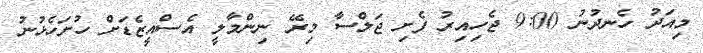
މިއަދު ހެނދުނު 9:00 ޖެހިއިރު ފެށި ޖަލްސާ މިރޭ ނިންމާލީ އެސްއީޒެޑަށް ހުށަހެޅުނު